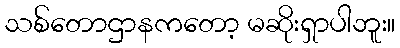
သစ်တောဌာနကတော့ မဆိုးရှာပါဘူး။